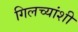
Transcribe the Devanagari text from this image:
गिलच्यांशी